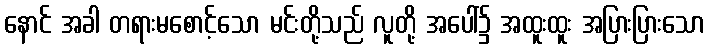
နောင် အခါ တရားမစောင့်သော မင်းတို့သည် လူတို့ အပေါ်၌ အထူးထူး အပြားပြားသော